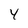
Character: 4